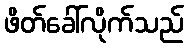
ဖိတ်ခေါ်လိုက်သည်